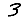
Digit: 3